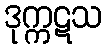
ဒုက္ကဋသ